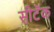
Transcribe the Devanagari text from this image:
सीटॅक